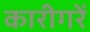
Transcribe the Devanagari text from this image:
कारीगरें